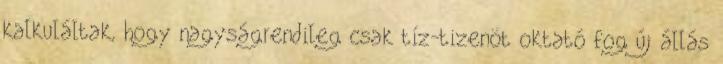
kalkuláltak, hogy nagyságrendileg csak tíz-tizenöt oktató fog új állás